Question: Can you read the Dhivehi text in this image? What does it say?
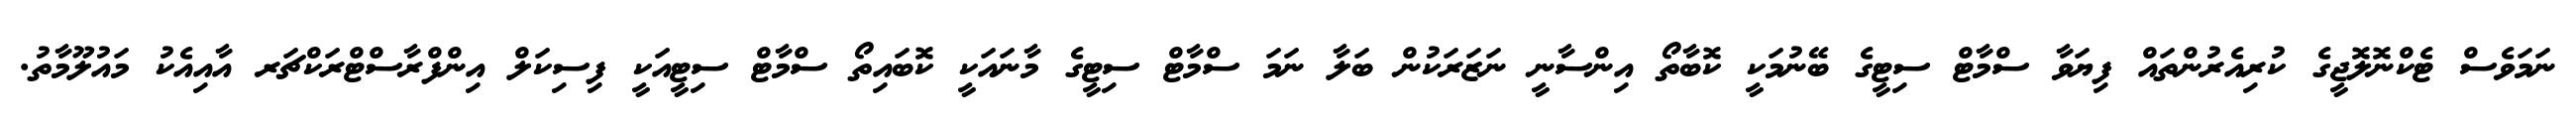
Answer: ނަމަވެސް ޓެކްނޮލޮޖީގެ ކުރިއެރުންތައް ފިޔަވާ ސްމާޓް ސިޓީގެ ބޭނުމަކީ ކޮބާތޯ އިންސާނީ ނަޒަރަކުން ބަލާ ނަމަ ސްމާޓް ސިޓީގެ މާނައަކީ ކޮބައިތޯ ސްމާޓް ސިޓީއަކީ ފިސިކަލް އިންފްރާސްޓްރަކްޗަރ އާއިއެކު މައުލޫމާތު.